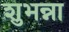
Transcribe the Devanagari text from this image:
शुभन्ना